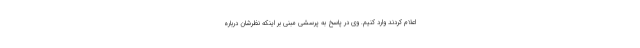
اعلام کردند وارد کنیم. وی در پاسخ به پرسشی مبنی بر اینکه نظرشان درباره